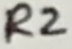
Text: R2